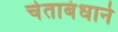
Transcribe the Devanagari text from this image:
चेताबंधाने